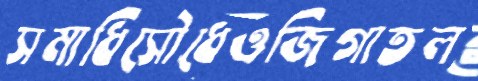
সমাধিসৌধেওজিগাতল